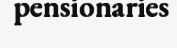
pensionaries